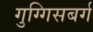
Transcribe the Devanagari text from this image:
गुग्गिसबर्ग